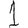
Digit: 1